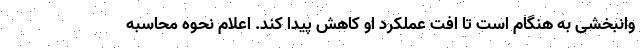
وانبخشی به هنگام است تا افت عملکرد او کاهش پیدا کند. اعلام نحوه محاسبه